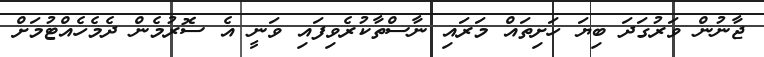
ޖާނުން ވަރުގަދަ ބިޔަ ހަށިތައް މަރައި ނާސްތާކުރެވިފައި ވަނީ އެ ސޮރުމެން ދެމެހެއްޓުމަށް